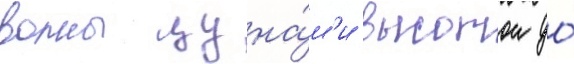
волны цуна́м'и высотои до́